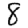
Digit: 8